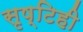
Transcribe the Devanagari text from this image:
सृष्टिही